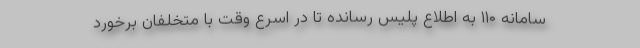
سامانه ۱۱۰ به اطلاع پلیس رسانده تا در اسرع وقت با متخلفان برخورد